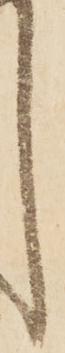
し